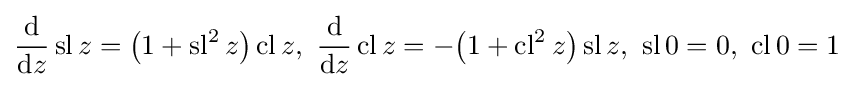
{\frac {\mathrm {d} }{\mathrm {d} z}}\operatorname {sl} z={\bigl (}1+\operatorname {sl} ^{2}z{\bigr )}\operatorname {cl} z,\ {\frac {\mathrm {d} }{\mathrm {d} z}}\operatorname {cl} z=-{\bigl (}1+\operatorname {cl} ^{2}z{\bigr )}\operatorname {sl} z,\ \operatorname {sl} 0=0,\ \operatorname {cl} 0=1